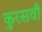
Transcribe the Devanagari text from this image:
कुरसवाँ